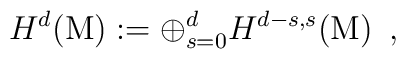
{H^d}(\mbox{M}):={\displaystyle {\displaystyle \oplus^{d}_{s=0}}}{H^{d-s,s}}({\mbox{M}})\,\,\,,